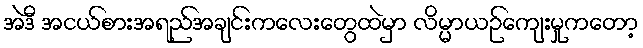
အဲဒီ အငယ်စားအရည်အချင်းကလေးတွေထဲမှာ လိမ္မာယဉ်ကျေးမှုကတော့